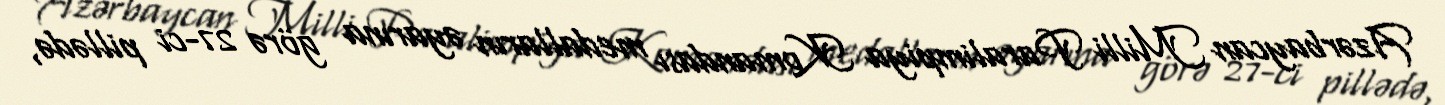
Azərbaycan Milli Paralimpiya Komandası medalların əyarına görə 27-ci pillədə,